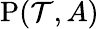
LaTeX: \mathrm{P}({\cal T},A)